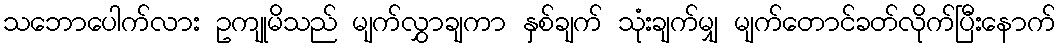
သဘောပေါက်လား ဥကျုမိသည် မျက်လွှာချကာ နှစ်ချက် သုံးချက်မျှ မျက်တောင်ခတ်လိုက်ပြီးနောက်